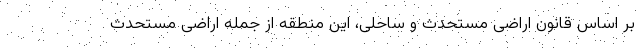
بر اساس قانون اراضی مستحدث و ساحلی، این منطقه از جمله اراضی مستحدث